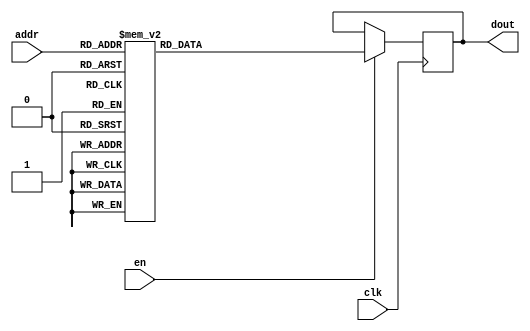
`timescale 1ns / 1ps
/*
Copyright
All right reserved.
Module Name: rom_syn
Author  : Zichuan Liu, Yixing Li and Wenye Liu.
Description:
A synthesized ROM: ROM_DEP x ROM_WID
*/
module EC_1_W_ROM_F_2(
// inputs
clk,
en,
addr,
// outputs
dout
);
localparam ROM_WID = 1152;
localparam ROM_DEP = 32;
localparam ROM_ADDR = 5;
// input definition
input clk;
input en;
input [ROM_ADDR-1:0] addr;
// output definition
output [ROM_WID-1:0] dout;
reg [ROM_WID-1:0] data;
always @(posedge clk)
begin
if (en) begin
case(addr)
		5'd0: data <= 1152'b110110001000001001001111000000000001101010001001110111101110111011001011110110100101110010110100000101110000010010111011001000110101110000111111110000101110011101010111100001101110001001001101100000100000001110000010000001101000110010100010101110111000111011001111000000110111111111110011111110001101100011101101101110011010010111011000111011111001101010100111100001011011101011111110100100101100100011011001000010011011000000001101101111011011001001110011110001101000100010110001011101110000100000111000101000100010001111110010011001100110010111111111100110111001011001101001100101100110000000010110110000011011100001100101111010011011010011111111000011101100000110010011101100001011010001100101011100010011110110111111001010111000001100110101011000011011001111101110010100001100100001111000100011100101001010111100100001010001110101100011100101111001000001111101011101111111001001101110000010111000000111110011001101100110000110101110110010011000100011110001100000110111100001011100111000111100000000000100010010100101100111111011000111011100000111010111110101010011010000100101010011010011111010111011000000101000011100111001111101011111000111000110;
		5'd1: data <= 1152'b010001110001110011111100001101001110000100011100010100100101001001111010010110100010101110101111100110101000111010010101011000100010011101100100111001111011011001001110000110011111101011010010011101010110101001101110101000101001000110001101001011001110001000110010111000101100011110111111011111001101001101111010100111101101111101101100111011001100001001110101001011011011111011100000100100101100000001010001100001000001101100100000000001010000101010010001101101011000000000111001000101100100001000000101001110000011011101010011010010001000111001000011101111100111000101101010110100011000001010010010101100010001001110100011010001101011101101100111111101010010100001010110101000011111111000000101000011001000000011001010000100100111111100110001011100111111111000110110010001000101011110001010010011011000010010100001100110011100001000001000000100100000000110100110101100001110000010100110000001000110100101010111000001100101001100001000111010111001110110010100010001100000111100100100010001000000100100100101100000110101010101011000111011111101001101001101011111000010001110111010111100010110011010001101010110001101111011101111000000111000010100000111;
		5'd2: data <= 1152'b011010110110111101000011111111110110110100010011111011000111000101111000111000100010010111100011100100110111000110000101010001011010110010100110110000011111111100101110010110110100101011010101010111011010111101001101000010111111000111011111000101011110110000101011010101110110111010100011001111100101001100101011110001110011011010111110011110010001100011011001011110000111111011011111101100101101000000001011000010100100011011011011111110000000111000100101111101101111111110010110001100010001100101110111110100010011101000110101110000100011111101100110010100110111111001111100001101011110101011100111100100101010000101010101001011110001111110110010011001110000011010001111000111100100011111010101011011111101001111100011111011101011001000110001001111010101111010001100011101010111111110011001110010011100010101110111010101100011111110001000111111110011001100101111011011110100001101000101001111000101101010111011110101000101100101100011011001100010001100101110011100100100001010010011010010110010010111110100100101010101000000011100010111010010110011110011110001110111111010100100011100010101111000001111011110111100111000111110001011011011111101110010;
		5'd3: data <= 1152'b000100000010001100001110011000010011110011010010011011101000000010001000110000000101010111001010110001001110011010011000001001000000000010000001100011101110001100111100011100100011111011010010111011100011000011011100110100101001110000110110010000100010010100001000101000010000111001101001001111000010001110101110110010101011001001110011010010001001001110000100110110001001000000001111100011010100010000011000000001001011011000000001011111000110100101110000111100101000101110011011100000011111100000000100001010010000011001100100000110110000100000110011110111100110010111011010011000011011101001001010011111011111010111101110011001110011101000001110111110101000100000001011010101110110010000001101110010100101001011110100100100011001110110001111010000111100111111111011000011101100101001011000001010100001001110100110001001000010001001101000101110001100110000101000010001101100101010111100000111001001110001011010110111101110101100010011110000110010111110110010111010001011011000011010011010000111101111001110001011101011001000011000111110010000110001101011000010001110001100101100110000111101101000000101100100000110110011111101110101101001100000100000;
		5'd4: data <= 1152'b110111100111100100101001100100111001010111100100000110010101101101001010110000100001011000101111000000011100000000100011000111011010100110000100011110101001011011101000010110010100101010010101111101011111101001111001111100001110111100101111001110011110011101001000000111101101110110010110001000111011101010100000000011110100001000101110000000100000010101011110101110111111101110010101000100101111111001011101111010001110101110101010001001111110111010110000001000010000001101001110100011100110011011100101001101110010101101001000101000001100001111100101110001110000101100011101110101011110101011010100011111110000110100101000011011000110100100001011100001000011111010100101111110100000100111001110100100111110001001101000010111010111110011001110110011010011100101000001010001010110010011111111011011001110101010001001010011001010011111010001100001010101101100100000110001110110101010001110001011010001111011111010110011101110001011110101111110100010010001101001101110000010010110000011100011101010010101100110111101101111111000000001111000100010100010000111101110100110100111001101110101010101001011101001000111000111100000101110100010000111001000010110;
		5'd5: data <= 1152'b100010101001000101010110111000101000110011101000000000111100110000000011111000001001010010101011101010110011010101110011011100101000001110011000000100000000110101111100101001010001001001001000000110111111000111100110101101111010101110011000111001111001000010001010000110111000100001001011000101001000101110001010101111100011101010010111101110010111100011110101100101000010101000001111101100101011100011010101100001100100001101110100011000110011010100110010101011110000101001000111011010111011011100101111110001101000101110101010001100001000011001111001000011000000101011010000000101101010110110100010110101001110111001110100001110011100001110011110010001111000011001101110001111000000001100101000100001110001010000011111001010010101011010111101010111001111001010001101111111101001110111000001010001100001000111100110011000010110110000011110101011110000001010000111001000110111001000111000010101001101110011000101111011001011110011010100101000010000100111010101011110010000010101001010111101010111101010101001101100101101110000011010001001000100111011110100001110000110001100101010110101000001010100110101011010111101101111101000001011011110001001000100;
		5'd6: data <= 1152'b100010011011100000000011010010010111110000110010111001000100110010000011111000001101000110110111111000010101010111001100001100001101110000111100110110111111000100111001001111101011100111110101110110000110111111100001101001100101001101010010110010000110101011011000101000110100110010001001000010100101011110010011110111101000101110010101010000010100001110010110010000101101000000101000101010010000001010010010001001000010110110000010111110001000011000111010111100111010000111110001111110011111111111011011111000111101110010000100010100100001001001111000001011110110100111010011010101011011101101101111000010100101101110010101110111001001101001001000010001011000001011101001010010001010011000101011111111101111100100011111011110001100001011001001101011101100000000001001000010100110111000100010000001101010011110011101001011000011011100111001100000110011111110110100011010001011000100010111100101101100101001011100010111011000011011011000000101110110100110110001101101011010111110101010100000000101101101111100001100000000111010001010010110001101110111000111001110010000001001101110101010110001001110100110101000100001000010110011100111000011000000000101;
		5'd7: data <= 1152'b000010001001001101011111111100010111100000111001101001101010110101011111101101001011010101111110110010001111110111111001100001110011010100111001101001000110011000100101011001000001101001101011001101000100001011101100010010011000100111010000101000011100010111111111010001001010100011110011110111000101000101001101101101011011110110111111111110110001111111111111010100010011100111001100100110001000001011011011100101100101101100011101111110011001010101011110101111010010101100110000011010101111111000111001100000101010010110010111001101100111001100111010110110011000111011001001011101000101100011110011010000001010110010011100010100011001100111110111001111101010100001011010110101010011010001000101011010111001010110011111101101010000111100101000111100011111000111011101110111101000110011011001100001101011000100101110101101010111001100111001001111011010101000100100001110111111000111110000100010101000001110000011001111101011000111011010010100011100111010111111010000110011100011011011011100001110111011111101000110010101100001100001100111011110011001110110011001010011110010110011011010010000111011111010101101000100011110001000101100011111001111010111;
		5'd8: data <= 1152'b010001011010010100111110011100000010000101001110100001011110100110010101010000000010111000110010111011011100000001000111111001000010010100110101101100010111001101100110001111101010010101001001101101010101101000101111101011110010001011010011110110111111100000110101001111001100000101100110001001001010011010100001010010010111100101100010011001111000011100010001100000101101011101111001110010011001000110000111000000110110110000000001111010101011011101111011100101000001000110111000111110111111110000001000000001001100001100010011001111110001001100011000100110011110111010100111010010101101111100111011010000001111001001011111001110100110000001000001000000110110110000100011001111111100010010101010010011001101101010010100101110001000011001101101000110101010011010100000100011010010101111001001010001000110000100000110111011010100001001010110110001101000010110111011000110101011000001001011010011111101010111001001001001110000100100001000101101010101110110000110010111000011110101111011010011001111110011010000011010111110111010011010110000100111111110001101011101001110100000011110110101100100101000110101011110110101100011110110110011010010111100100000;
		5'd9: data <= 1152'b000101011011101100101100010010010000000101000010010101000100111110011010000000000001010100001011000000011111110001000011000111011000111100000000100111010110101101111100000011100011101101000000001110011001010000000000001111101010101110010000001010110000110010011010000000000101111110100011000110000000101110101110101100001011101110110100001010110011100001100011000111010011100000001010011000011011101100101110011011001100110011100101000100101100110111000110010100001001010101000111111011001111110011000011100101011111110100011100101111010100011110110001001101001101000111011000100111011001011110101011010101111110011011000010110011011010111010011110000001001101101110110110011100001001101111101001101101001111110110110111011010100011100001100011010111000011101010001010000000111001001100101110000110011110010111001101010110101000010111000110010000000101010001000100111001001011111101101011000001011101011000011011101110100101110111101101010010001101001101001000101010100101011000010101010001111010000110110010101010011101011100001100001111000100110100000010001001000010011111101101111100100011110110010010010010101011000000100011101110010001011010011111;
		5'd10: data <= 1152'b111011001000001001000011000000011110010111001101101110110111101000100010101001110010100001000000111011000000110101101100111011001001000000111000010100110101001100110011000101101010010100111110011101111010110101110110101000100111001110001001101110001111101010011000101100010000000001010001001000111011101010110001010010000000011100100000010101100011110100110111010010011100111011111011110111110001101100101100001000011110011100100100100000010110100000110000000001100010100111111100000011110110001111000000001110110001111001110111001111101110111010011011010100000000010000001100110001010010011100110000111100110101000100100011000101101111111000000011011111110010010000101100100001110010010000110101101001100000010000010111111111000010010010010101001001100001011001100101010000110101011010110110101011001000001000100001000110101110000010101001010100111101111011100001110101111000001011110010001000100100001101100100101111111010111000011110010000110011101010110000111100000010010011111111010101001001001110000110011101000110001100100011011010101110101110001000010101000000001101111010010101101111000011100001111011100000001010010101000000101110010000110011;
		5'd11: data <= 1152'b101000101001111011011011111011000001111010011011111001101111010101111111101011101101011110111011001110011111111101100110011111101011101001000010001100101010011111110010111100100000011010110110110011111010010110001011111010010010011110101110001101111110001011011010010110101000001111000011010110101110011010100011010101000110111000110101100100101000110111100101010011101011010010110000001101000010110001010111000100000001001010111110101011010101001101011101011001111000000110111100011000110000011000100110111010001101100001100100111110011001011100110010100101101110001101110010111010010000011111001010110000000010011111100010001001100010100011011000000100100101110111000110010100111010001110100000000000101100110000110101010110101001100010110101100001101010001010100010101110000010000110011110011000010101101011011011101010100000110011101010000110111100100111010101111111011000001010111010001010001101100000001010010111101110001101111111101110101110110100011110010111111001111110011011010010100100011111001010101001100011100010011000000100101100101101000011001101111110011111101000010010100101101010010011110100111000111101110101110011101110101000010100;
		5'd12: data <= 1152'b010011011011011100110100011001100110000001001001101010101100101100011000000001000000001111001010110001001100001000001000000111000111010101111100101010001001111110100111101000000101010101010011100100011000101100010110100011110000010000100000110101111000111111001011010000100100100110111110111110111110011101101100101100111110001110101111110010111011010011000111011011100011101010100110000000011000001100111111001000001110101001001001100111101011001111000011010000000100111011011000110011100001111000001010000100110111000100101010110000010101110010100101001101100001011101101110100100001111101000010101100011110000000110100011110000111110001000011110001111001100100110101100110001011011001000000101011110011011010100100111010010111100011000000001001010001110011011111110010010111000110000100010000010001000111010000001110110001001001101100010110000001100110101111001110010000001100110001111000000010110000000011001100111110101011010100101100110001100010000001111100000100111101010010100011101011000010000100111010010110011100001011100001111000101011101110010110010001110111010101001111111101011100100001010100010101011010100000111001111100001000010110001;
		5'd13: data <= 1152'b110110000010101101000001000000111100000101110111111010011011010100110010000011101011111001100010010100111001000110011010100001110100010110110111011011100111001110000100010110011110111011001001100001000101100011000100110010101001100010100111000100010111100100100001101000100110000111000011100011010011100010000101111011001000011111101010011101111011111100010110110010111111000101111011010111001011000110000100101000010110010001100011101011101111111100010110000011001110100001000000110100011011010111010010110011010000000110111111000010100110001110011101010100001010111011001101100001010101100000110111001000111000110110110001010100000111110100100011000010100111000111000011110000010001110010000111001011001000001111101010101101111011010101110110110000110011111111110010100001011000010110101110101101100010110000001001110111101011001101100001010100000110100001000000110000000111110101011001110011010001001110011111001010111101000111011101011111011100010111101000100001011001010010100101010111111110110010101101110110011011011111100001000111001111000110010110110101010011110011010101001101000000010011111110101011111111110101101110101000010111110111000010;
		5'd14: data <= 1152'b110100101000110011111101101100010111001010111000100010011001000011111100001101011000101101101100011101100100111010111001101010101000010111100000001011110010100100101010110000010100101011011000110101010101000011001101011000011000011010111110000100010100100100110100111110101110000111010100010000011001011011110101001010100001111010001011101101111011001101000000011100110101101011111111110101111000010000111101101110101001101011101001000110011011001001100001011111011100101100000000001111100001000010110001101010100000010100110111011011100110110000001110110100011101011011100111010101011101100001010100010110111100100001111101000000111101100101101000001111111101001101011101010001111011111011110101101001010011111011011110100011110011111101000011111100010001111111000111110100111000001000110100101110011000101011101001100100100101011001001101010110001111111100110100101011101000011111110011011110000000000100100011001110000101100110000111110111010001001010100111000000101101000010010101010100011101010011001001110010110011000101100111011111001010001000001110011001111111010001110101011010010011011001011010000101000100110110101001010100011110000101000101;
		5'd15: data <= 1152'b010101111010110000101100001010001110110001101101100011101111001001011001000000010100010001000111001100111100001111000001001100011001100000011010010010110100000000100011100000000100011100001000000010111011010100000000101111111111000111100010001011100010001000001000000000001101111110100011000010101100101110101010101100000011001001110010000011100111010001100011011111000011100000100000011000111111011100111010010110001110101011011001010100100010110010001101110110011011010001011000110001000010111001100101111110011000101100011111110010011100111000000111101111101011010101101010000110001110111000111110101011110010000101000110111010101110011001111110010000001000110110111011010010101101001101101101110100001111010100001111011010101111000010010011000110010001111011011100101000110100011101101010000111001001011000001100001110010011010001001100110100100001111000110100011101101010111001101100001001100101111001101000110111010110001100000110111000110010100011101000011100110010011011001000110001000101101100000110100000000011000001101100001110100100100001010111010001111010011011100001010111011101011110001011101001010110001110010001011010011101010011011111;
		5'd16: data <= 1152'b110111101100110001010100101000000111000000101111100110011011010000111001001101010010101111100101011110110101000100101100001010100100100100001001100011100110101100100101010000111111101001111011010111100100001011111100010110011001100101110001110010000100010100011010011011001001111011001100010000000010001001101110101100100011101000000110000010101100100011110001000100011000110000000001110111101000000001010100101100110001100111101011101110011010000000011001001100111111001011001000001110110001110010110000000110000000100001010011100110100101101101000111111111100110001110101101100101100100101000110100110110111001111101011101110011100101011101000110010001000011010100101100011001110110011001000001010010000011100000100000010010011010000010101101010110101010110000000001100110110101110011101101101011110111010110101010100001101110111100111000001110001100001110001101001100011011100100110000000100000000100011110011110011010101011100100110100100100110000011101111101101101100000011001111100110110001000111111001010001100101010110010010010101001011001010001000100010100000100000000001011110001010100011100000000001111011101101100100110110001010110000011010;
		5'd17: data <= 1152'b111110111011011001111111111101110101111110011111101010001100001110110110001111010011101011001010101110110111110111111001110101101100100110001011101010001101000110010101110001001101000100001111000001011101011000100001100111111110110000010001101010010100011100010100101100110111111110111100110010001001100110111110111101011111000101101000001011001100000010001010011011010011001111011101101001111010011000111110001100011111101011011011100110001101010111101101001111011111100111110000111101110001110000110001110110001100100000011000100010011101000110110101001101001101000101001001000100101011101100110101001001110010110001100000111110010101011111110100100101001111110110110011111110000101100110011100110100111110010110111001011111110011000111010110010010010001000111011001101011101110011101111100100101101111101010010101011010111011011011000101110111011011101111111000010101011111100000110000110010110001101001011000100001111111110011110100000000000001001111001011001100100010001011101000011001001011110001110110001010000100011000000000100010000100100010001100101110011001110011010111100111000010111010101010101100110111000111111110011010011011100111110001;
		5'd18: data <= 1152'b000011101011011101001001011001100111101010001011111011101110100111010000111001001000110110011110100111011010110001110111000001001000010010010101110110100100011001100011101001101010010100111001001110011101000000000100111101011110101100000000111100100001110010000111100011011001100001100110000101101100011111010110011100100111100001010000110001011111010100111111100111001110010000000101101100010001011101011011000000010011111110001110111000010110010010000000101101110000000010010111011110011000110011000101010100001101100100000111011110001100111001111010101111101010001100101110110010011010110000010011101111010111101000000011110110101111001010011000101000000001101111000011001110001111101110100010101011101111110110111101010110111111010001101110100100111000000001111011010110110000101010110010101000100010010111110100111110010111000000100010001111011001110101100100101100111110110110101011011000011101100000001010000011101011001111011110111100111010101000110110011010111001011101001000010101011011001110000011001110101111001011001000000110100000111111110011100111010100001111101110010101101111101000010011011010110000000110100001101010110111001011110001;
		5'd19: data <= 1152'b011110000011101101010001110000110001000101101110101001010010111100011010101101001011000001101011011111110001011110011000011100101101010110000100001101001010001011110000011010101101010011110000001000000111001111101110010010000010111011010100100000000001100011101010101011110100110100111010111101011111111110110010011101111000010001101100111101101001110010101110001001010001110111000100011110000001100011010101110100110101100101111110101010110110001001111110111101010010000010000111000010110001001010110011011000011101011110100100001101111010000110011110010000111001101011110010011000010011100111101001010010001010011000111101011100101101100010110011111011001010101001011100100011011111010001111010001011110111010110011011111001010101001111101100011110011110000111011111101111011010110000101011010111000111010010110111101110001001000001000110101001100111110011000100011110010001010101100001011000101001010111100100001000100011100000111110110000011000011011111010011010010010000111001010011100001000000000110101011000010101110101111001101110111111000001011110101001010011010001010001001011110000111111011010101101000011011101000000101100011110110111001111;
		5'd20: data <= 1152'b111000011000011111100110010101101011110000111100110101101100011010101010110100010100101110001000000010000000011000010011111101010000111000001110111010111000011011110000001101011110010111011100111000011000011101001010101101001000010100100110000100110111010100000001101100111011100111010110101001010011010011000100110011100111001001001100000000011010011110010100000001111101101001000101100111001000000001111111010000010110000101100000100100011100111001011011101110010000001010111000011111101100001110001011111110010001000101011100001101000111011110100001111111001000001100001111010101111110101110000010111010010101010010000110100011101111000111010011111010010011000111101011111000111010110011100100010010110101001011001011010100111000010100010110000000111000011000110000110110111000101110101110000010011010010001110111111111010001011001101010100100111001111100100000010110111100110010011011111000100101001001100001001111101010001100111100111010010000101010010110011000100001011001011101110011000111011110001110000100010110000011010011110010010011110001100001101111001100000010101010100001111100001000001100011111001000010100110111100010010000001001100000;
		5'd21: data <= 1152'b110100110010110111101101001000101000010000000100110011101110010011110010010001101101110110001101000001110010110000010000000001011111001111100110111011110011011010001100001100010101111010010011000111010111100011111100110100111111000000100010010100011100011100010001101100111000011010000010111111010010001011011010001001000111001011100110101100101100011011000001001100001001000000000111000110001111000001010010110010000000000000100010000110011000101101000001001001010101100101110010010011000000101111100010001110011011010111011111010100000101010111110011001011100010001101101011000000101011011100110010011010110100011100010010111111000111101111010111110001011000100011001001001000110010111110100101111000111000000110000101100100101011111000100010000111001101000000001111100100110100101010100000001010010010001001101111010111011101010101001010110000100000000100000001101110101111110010100010000001001101001101000000101001111010100101111110011100010101111010110101111110000011000111101000110011001110111101010101101001011000001010000010110110100110110110101001001101101000000101011010100110010111001110110010110110101101000111001000111100000110110100000010;
		5'd22: data <= 1152'b110110100001010100010100011000110111110011001101100000100010011010001011100011100101100100101010111111011001110001110000110100000100110000011011000111000010001100100001000011101010011010000111010100100101001000010001010111101101111101011100111110100000110101011101111011011110101100100001011001101100110101101101100000111101000011000010110011001100011001010101000110000100111000011101000110111100111011000011110001101101111110000101010010010101011101011001101011111100001111011101001110011110000101110111000011100000100000100011010111111101001001111001110100111010111010010101110100101110110000011001011110001111111111101100000010100100011101100101011000111101111100001000011110001100101101101101111010011101001000010110010110011110100010011111010000111000111001011111111100010001111011100000111001101011010010100100000000100100101010101010001010010001001100111111001011000110001011111001011111001001011111101100101110010000011010110100101011001001010101110010101010010000000101000010101011110011110001100000111100010001110110010011110101000100100111100100111100001010100000010101011000101011100100110000100000110111101100111100011000100110001100110110;
		5'd23: data <= 1152'b100011110010010110100010001011001010011100011111110110110111000100010010111100001110011000100001100000000111100101101000001110000000100011110010000100101100000100110111110100110011111001001111011000000001100000000101101010111000110100001000000011101011011000001001010100010000111001000001001111011000000000000000111100001000001101010000000001000110010010000101001010100000000000110101100101011010111001100110000010010111110000010011111110100001110100111011010110001100111010110101101001110101110110000110001011001001111010101100010000110100001111110100000101101011000100000110010110110011100101011010101111010110011101110100000111000110110000001010101110100001011011100001111000110100101000010011000011001001001001011000100100011011010011000101000110000000111000100101111010001010011010010001010000000001000100010110011001010011111100111011100001011101011000110110101110011011100101010110110011111000101000000100110100110111011000100010101011111110001010110001101110001011101000000001001110000010100110010100000101000000011010000000100010111101111111000001001000101110111100101110100011001100001001001100111010101010010001111110110101100010010110101110;
		5'd24: data <= 1152'b011101110101001100011101011110011110010111110001000001100101101001110111010110100110011101001100101001101111101011000111110010010010011111000111001001000011111010110100100100010101100010110111011001000101001101001001110100111111000011111101010001101101110001110001111101110111001001011100110001011101110001110101001011001100110001011001000101101110011100110111101100110100011111100100101011111100001001000000110011000001110110001110010100011101110011010101010110000101001010111010010100011111100001000100010110111010001111000111001010101000110000110111100011000100010101001101010000011001101000010011111101100101110010100101110001010101110001100011111111111110000000011110010001011011111000110101001001110101010011001010000111111011111001011001011101011100001101000110000110000100100010010101101000010110110011110010011101110111011111100111110100011100000110010111001011110100100101100011000000010001011111001000101111111010101101001010110110011101011101010001011000101101000100001101010010110111011001001101100011111000001001010110001001001011010010000011000010101110100111011111000100110001010010000110000011011110100101011011000100011010110011000001;
		5'd25: data <= 1152'b101010101101111000010011100011101101101111001100001100100011010010101100101011010010101001111100111010100110111100101101101000101001011101101001110100011100101101110011011111001110100010110101000011010011111100111010100100000110111011010100011111111101000011001110001101111000101000000010001111010100001111101001110011010001000000010111101010110000001110100001100100001101101000011101101111111101110011010101100111100101000111101101000000011111000000111100101011010000101010101101011000110111011010111010110110001011101100001100000100011000011000111001001111001100001100010011000101001010011101101010110111110110100000110001011110110100010010101110000000110000011001100110001111010000001110100010110000110111101010010111011000000101011111010001001100010101000011011111110111101100100010001100011000111001111111100001000011001111100000111001000111011110000010001100001111110101111000110111111110001000001010110011010010100100000110010101010111001000000101000100101011010011100000100111110011110010111000111100001100100110111111001010010001101001101111100111111111100010001100100001111101110010101111110000111011001011110110100011110100001111101000101001;
		5'd26: data <= 1152'b100100110100100000110010101001011011111011000001000111101111111100101011011000110000110011000010101111010000101111100101011110000001001101010010010110101100000111111011111000000001000100001101100010111011011101000010101100011011001000000010101011010111100001110011111101110011000001001000110100111110110000010001011010001000101011100011100100100110010100110000000001111010010011110000000001011101100101101000000011100111010111100100001100001101000010101000100001010101001110111101001011001011010001010001111010110101001101001111101101000011001011101110110101110000111010000110011011000011111001010000011011000100011100100110000011101110000101011000001011001001111011110011110010101100001110001010101100011110010000001110110010001100010000010111001101111001001000100001100111000000001101001101101000110111100100000000111011011000101010001011001111000100001111011010011000100101011000011010011111100000110000011101110010111100011000111000000000101010101011001000111110011111011001000011000110111000110101101001010110011101111100001100000101110000101001100110000001010000011011000101000010000101100111010110000110100011011111010111001110010101100011001111;
		5'd27: data <= 1152'b111011001100100010110001110100011110010111110000100000110010110001000110001011010000100111010110101101001100111110010001111111010101100100110011011100101100001110110011111110001000010100101100100001101010111110110011111101110110001101000101100100001111100001110101101100100011100001011111101100011111110010000101001011001000010001001001011100111111010110000110101010110100001010110001010100100001001000000011101111111010111110100001001001011001110011101011101000010100101111100001010111011110101110001000011110110101001101110111101011111011111001101001111101110010011011110110011001010000111110000000010010011000000100100110100001101010000100011011011111111010010000001110100000001011001000100010101101001110110100001110001010011000000101010111101000100001101010100001010000110000000100101110101001010000110111011111011110101001011010011101010010100001110100100011101001011100101001110010011001011010001101100100111111110011001101101100100010110111101000010010101111010110100001111101100000111001001111001010011101001010000101001011011011001010110100011011010100101000101101101000011110001011100111100111011011011000001011010111110000100100111010110100;
		5'd28: data <= 1152'b100000101100011001111111101011101101101010001011010010101011011011110000001101011000101101011000111001101110111000110110001000100111000001111011101000001101001110000101101101001100000101001100000011001101101100010100000011110000000111000101110100111011100100101100001000110101100001100001100000001100110011001101100100010110111101000100010011000011001000000010111101000101001111001111100000111100010000111001101011101101101010000001010010011001001011100001101100011100101101111000001000001010101000000110001010100000000111111111011001100111110001101101101011100111001010001101100000000101000010010110100011011101000101010110111111010111011101111010001110011000111110001001001000101111111110111001011110110110111001101011110011001000001100000010010001011101000011010001010011110100001100101000100000100111101111100110011000110011101001111001100000011000000101001001000100011101101010010110001110110000010101100111101010100010010001100010100100101110101000000111010010001101000011010110001110001101000011100010110110100011001110010010101110010101011111100001001001011011101010101100101110111110101001010100100001101001110011010010010111100101001101010101;
		5'd29: data <= 1152'b111111001110010010100010111110011010110001110001010110000100001101000101100011111110100110001011100111111000100101001101111111010100100000011011011010001100101001100000010000001001001000111011011010101101010010101100110110000101100011111100110010100010111001000101011001001010111000100110001010100011001111001110111010111100000100001110111100000000000110111010110100001000110110001101001111001111100011010001100110011100100110010100011100100110101100000101101011111011000000111111010111100000000001000111111110111000101000000111010111011010110000111000111111110001111010010100111010000011110111001010011000000001001110001110100011001011001001010001001111000010011001111011101001011000010011010011010111011110110111001010111101011000101100011100001110000110000111010001011100000111101111000001110111001110000100110100000100010110010100000010101011111011001110110111000111101000001010101111111001101000111011000000001101101010001010011010010010010101100010111110111100010011000101101010111100001011101011011000000101101001100000000001001110110010000101000100111001111011110010010010001011111100001011001010000001001000111111010101101111011100001110000111;
		5'd30: data <= 1152'b001000110101011111001110100001101110101011000001010011000110010111000001110100000101011010011011101010010010100101010111110011011010100100110011000011110010011110110000110010111000100110010101010011101000000010010000111010111101011000001101000110111101011011110000001011111001010010010011110101110110111011100001001001011110101001011101000110011000101011011000110011101011100011100001101010111000001101001001000001100000000111000110010000010101110111010001111001100010010101110010001111010111010001111011101111100011111010001001100111011000001010110011110111111100100110100001111101000000111100101011101010010111111101010100001111001110111011111111101100111001011111010011011011111101011011001110111101111101011010011011011111100011011100010111101001111101100011110110010111110001000100010110011100110010110011010010100001001011101011100111000011101000100101000110110110110111001110010010000111010011111010101100110001111001011000001110001100110110100011110001011111001011111101101011101101111100010111111101000100100100110100101110001011011110011000111110011010110000111101100010011111000101001111011110111101110111111111010101111111110111001111101101;
		5'd31: data <= 1152'b000000010000001000011110100000110010111011000011110010101011010100011010110100100101110001001000111011010001110110111000001001001100000000011100010101011110011011010011000110101000011111001010001101110111100000100101100011111111110010101010111110010111000010000111011111111010000000011001111101000011110100001001011001010000110011011011001001100010111100100110100010011110010111001010000010000001000001001011000000111110010111000101111001010111000011011011111100100001111011111010001010111001000011001010001011101010001101000001000101100000001110011010110000010100110010110001110001101111011001111111101100001110111010001011000011011010101001001011011001100101011110101010010110110000100101001110101001000100000100101111101001111000110011111110100111111010110010110000000110000001001101001111011001100000101110001010010001001100111010111011001101110110000010011011000110011111110000011000000101000001110001111010001100111011011011101111101001000000001101101110100011010011001110110001111111111011100011111000010000110101010011111001111011001010000000011100111101101000010101011101100101111110110110110101010110100010000100100111110000100110011100001000;
		endcase
		end
	end
	assign dout = data;
endmodule